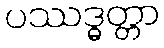
ပဿဒ္ဓတ္တာ